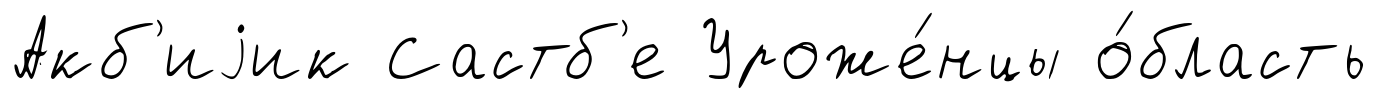
Акб'иjик Састб'е Уроже́нцы о́бласть